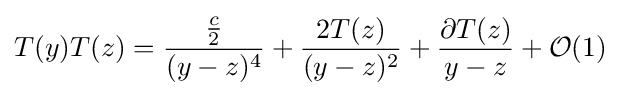
T(y)T(z)={\frac {\frac {c}{2}}{(y-z)^{4}}}+{\frac {2T(z)}{(y-z)^{2}}}+{\frac {\partial T(z)}{y-z}}+{\mathcal {O}}(1)